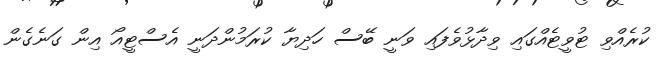
ކުރެއްވި ޓުވީޓެއްގައި ވިދާޅުވެފައި ވަނީ ބޭސް ހަދިޔާ ކުރަމުންދަނީ އެސްޓީއޯ އިން ގަނެގެން